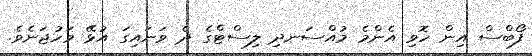
ފޯބްސް އިން ހޮވި އެންމެ މުއްސަނދި ލިސްޓްގެ ދެ ވަނައިގަ އުޅޭ މަހުޖަނެވެ.